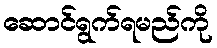
ဆောင်ရွက်ရမည်ကို